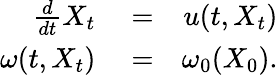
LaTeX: \begin{array}{rlr}{\frac{d}{dt}X_{t}}&{{}=}&{u(t,X_{t})}\\ {\omega(t,X_{t})}&{{}=}&{\omega_{0}(X_{0}).}\end{array}